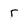
Character: r